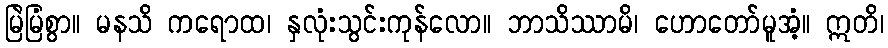
မြဲမြံစွာ။ မနသိ ကရောထ၊ နှလုံးသွင်းကုန်လော။ ဘာသိဿာမိ၊ ဟောတော်မူအံ့။ ဣတိ၊